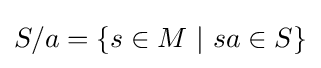
S/a=\{s\in M\ \vert \ sa\in S\}